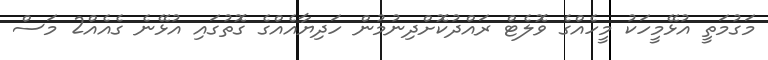
މަގުމަތީ އުޅޭމީހަކު މީހެއްގެ ވޮލެޓް ރައްދުކޮށްދިނުމުން ހަދިޔާއެއްގެ ގޮތުގައި އުޅޭނެ ގެއެއް2 މަސް